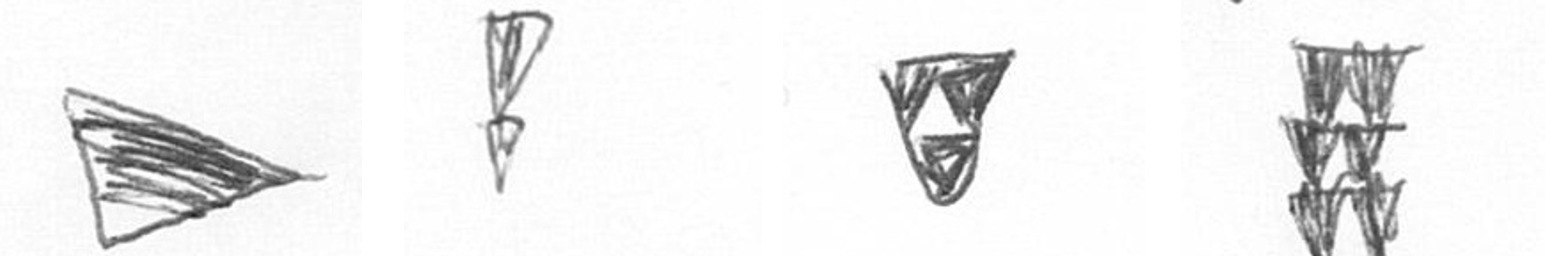
T Z S Y